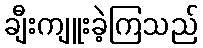
ချီးကျူးခဲ့ကြသည်